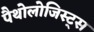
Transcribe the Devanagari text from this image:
पैथोलोजिस्ट्स